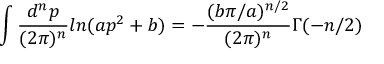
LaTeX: \int \frac { d ^ { n } p } { ( 2 \pi ) ^ { n } } l n ( a p ^ { 2 } + b ) = - \frac { ( b \pi / a ) ^ { n / 2 } } { ( 2 \pi ) ^ { n } } \Gamma ( - n / 2 )